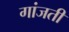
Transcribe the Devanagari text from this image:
गांजती